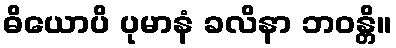
ဓိယောပိ ပုမာနံ ခလိနာ ဘဝန္တိ။